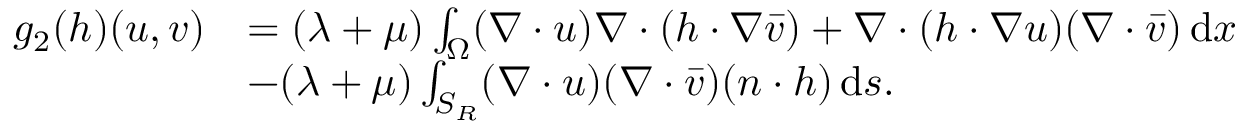
\begin{array} { r l } { g _ { 2 } ( h ) ( u , v ) } & { = ( \lambda + \mu ) \int _ { \Omega } ( \nabla \cdot u ) \nabla \cdot ( h \cdot \nabla \bar { v } ) + \nabla \cdot ( h \cdot \nabla u ) ( \nabla \cdot \bar { v } ) \, \mathrm { d } x } \\ & { - ( \lambda + \mu ) \int _ { S _ { R } } ( \nabla \cdot u ) ( \nabla \cdot \bar { v } ) ( n \cdot h ) \, \mathrm { d } s . } \end{array}